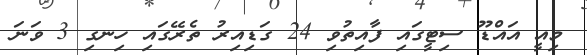
މިއީ އައްޑޫ ސިޓީގައި ފާއިތުވި 24 ގަޑިއިރު ތެރޭގައި ހިނގި 3 ވަނަ